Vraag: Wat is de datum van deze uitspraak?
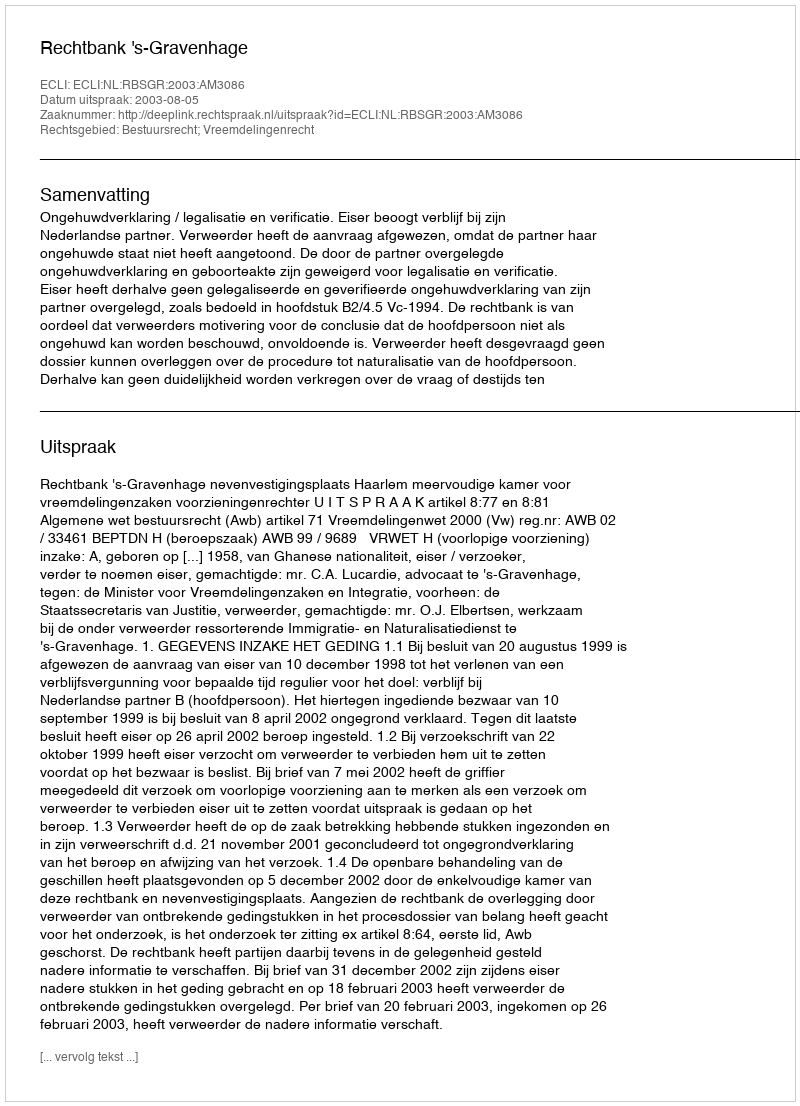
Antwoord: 2003-08-05